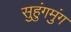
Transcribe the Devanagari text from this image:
सुहुंगमुंग